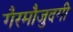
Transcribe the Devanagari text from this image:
गैरमौजुदगी